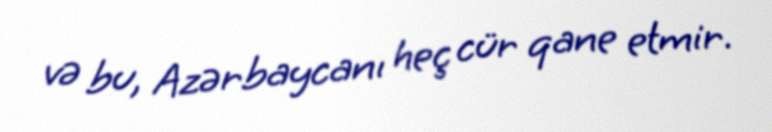
və bu, Azərbaycanı heç cür qane etmir.